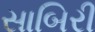
સાબિરી